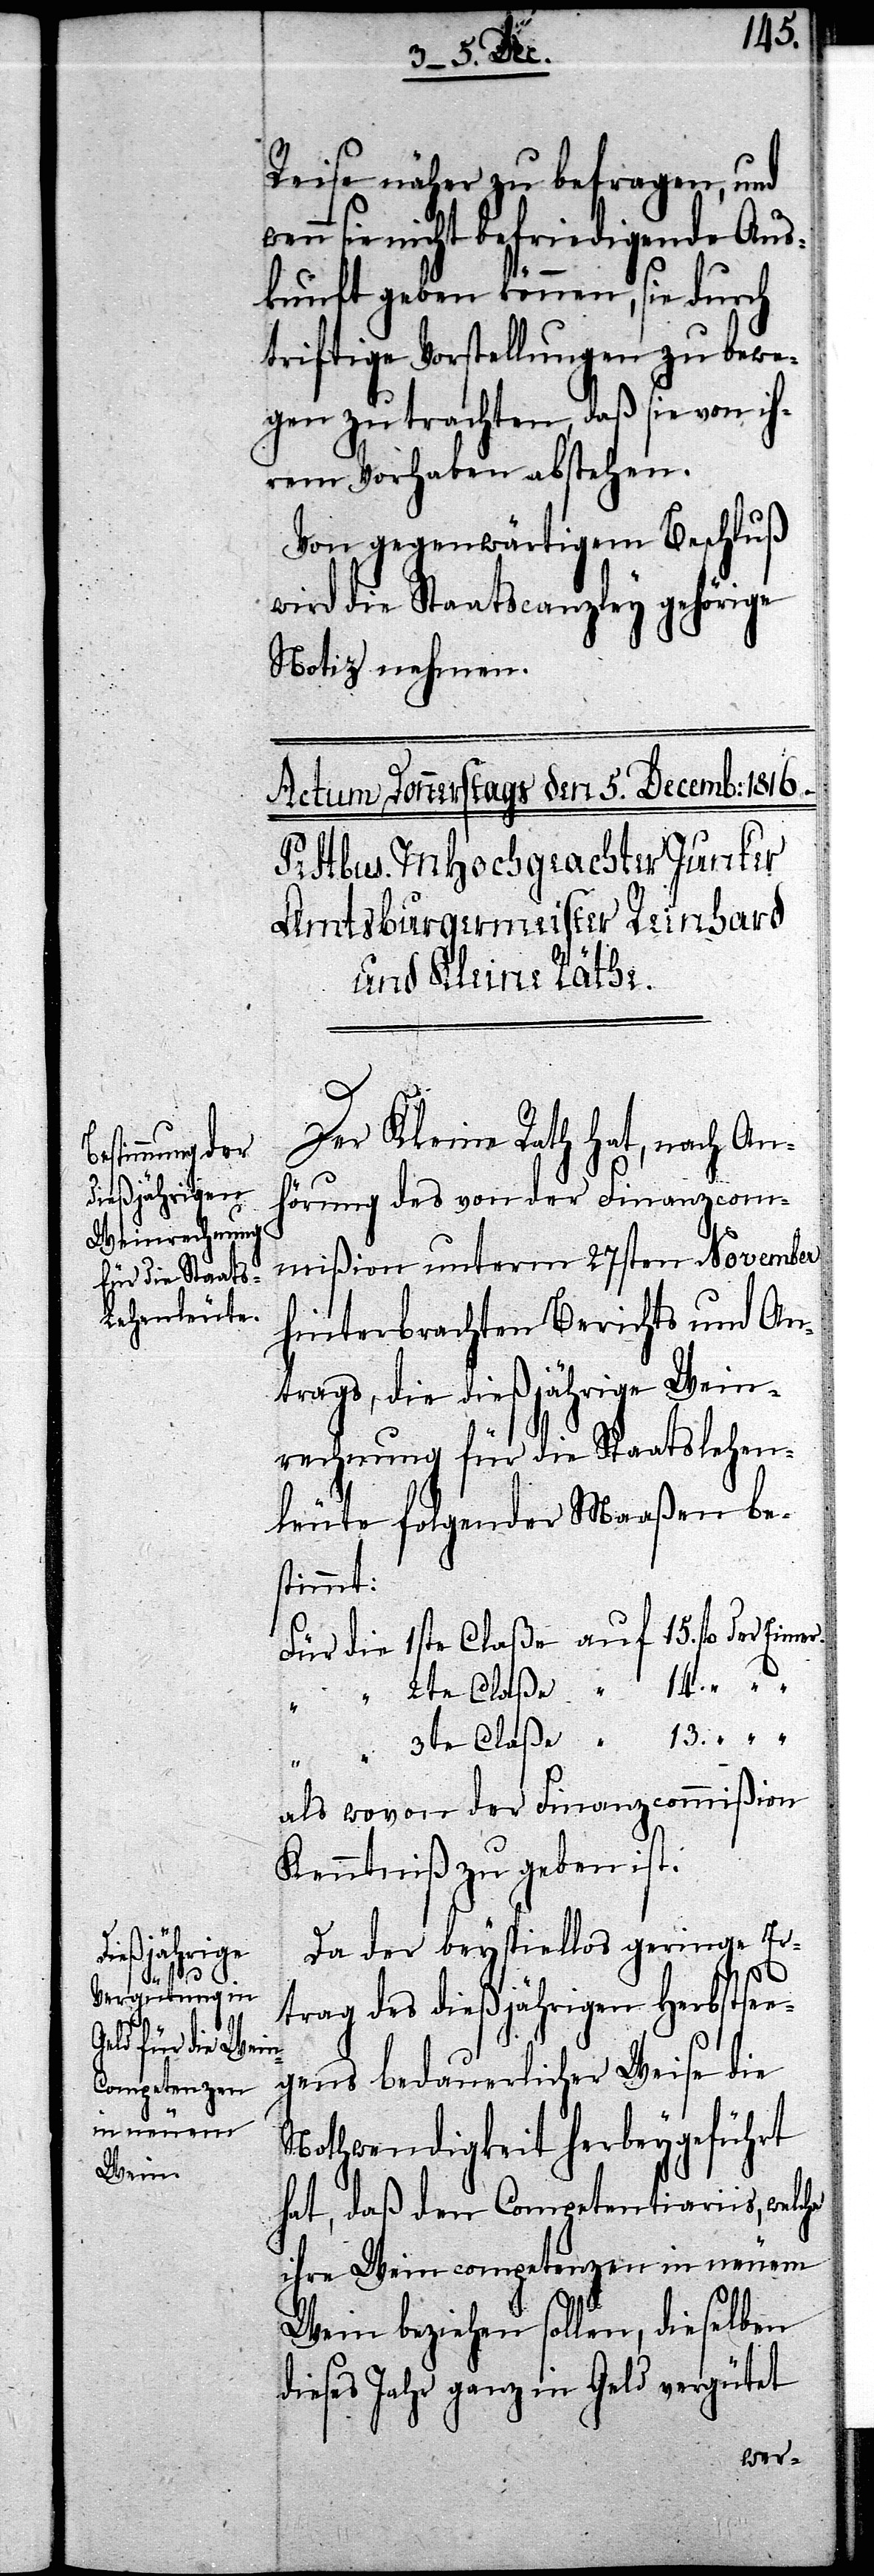
Reise näher zu befragen, und
sie nicht befriedigende Aus¬
kunft geben können, sie durch
triftige Vorstellungen zu bewe¬
gen zu trachten, daß sie von ih¬
rem Vorhaben abstehen.
Von gegenwärtigem Beschluß
wird die Staatscanzley gehörige
Notiz nehmen.
Der Kleine Rath hat, nach An¬
hörung des von der Finanzcom¬
mißion unterm 27sten November
hinterbrachten Berichts und An¬
trags, die dießjährige Wein¬
rechnung für die Staatslehen¬
leute folgender Maaßen be¬
stimmt:
Für die 1ste Claße auf 15. fl. der
“ 2te Claße “ 14. “
“ “
“ “ 3te Claße “ 13. “
als wovon der Finanzcommißion
Kenntniß zu geben ist.
Da der beyspiellos geringe Er¬
trag des dießjährigen Herbstse¬
egens bedauerlicher Weise die
Nothwendigkeit herbeygeführt
hat, daß den Competentiariis, welche
ihre Weincompetenzen in neuem
Wein beziehen sollen, dieselben
dieses Jahr ganz in Geld vergütet